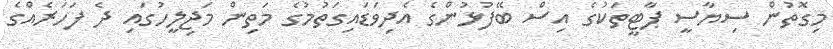
މިގޮތުން ސިޔާސީ ޕާޓީތަކުގެ އިސް ބޭފުޅުންގެ އެދިވަޑައިގަތުމުގެ މަތިން މަޖިލީހުގައި ދެ ފަހަރެއްގެ